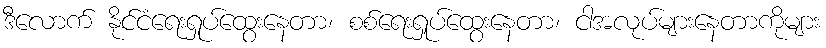
ဒီလောက် နိုင်ငံရေးရှုပ်ထွေးနေတာ၊ စစ်ရေးရှုပ်ထွေးနေတာ၊ ငါအလုပ်များနေတာကိုများ